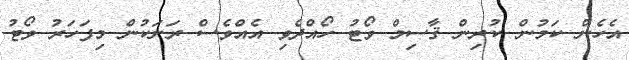
އެހެން ކަމުން ކުރިން ޤާސިމް ވޯޓު ހޯއްދެވި އެއްވެސް ރަށަކުން މިފަހަރު ވޯޓު